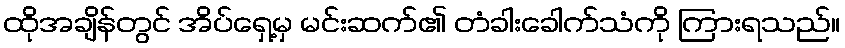
ထိုအချိန်တွင် အိပ်ရှေ့မှ မင်းဆက်၏ တံခါးခေါက်သံကို ကြားရသည်။